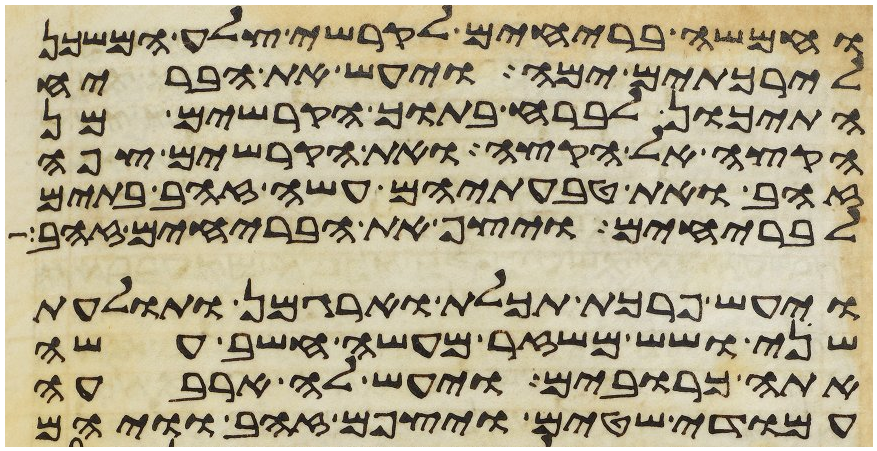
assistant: וחמשה בריחים לקרשי צלע המשכן
לירכתים ימה ויעש את הבריח
התיכון לברח בתוך הקרשים מן
הקצה אל הקצה ואת הקרשים צפה
זהב ואת טבעתיהם עשה זהב בתים
לבריחים ויצף את הבריחים זהב
ויעש פרכת תכלת וארגמן ותולעת
שני ושש משזר מעשה חשב עשה
אתה כרובים ויעש לה ארבעה
עמודי שטים ויצפם זהב וויהם